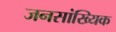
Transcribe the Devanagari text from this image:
जनसांख्यिक